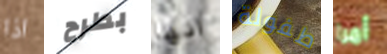
اذا بطرح انها طفولة أمرا